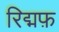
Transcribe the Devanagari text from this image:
रिद्मफ़